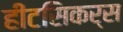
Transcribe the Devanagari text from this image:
हीटसिकर्स